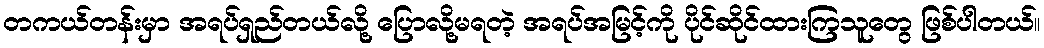
တကယ်တန်းမှာ အရပ်ရှည်တယ်လို့ ပြောလို့မရတဲ့ အရပ်အမြင့်ကို ပိုင်ဆိုင်ထားကြသူတွေ ဖြစ်ပါတယ်။